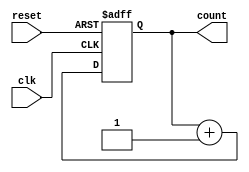
module ripple_counter #(
    parameter n = 4  // Number of bits (4-bit counter)
)(
    input wire clk,      // Clock input
    input wire reset,    // Asynchronous reset
    output reg [n-1:0] count // Counter output
);

// T Flip-Flop behavior
always @(posedge clk or posedge reset) begin
    if (reset) begin
        count <= 0;  // Reset the counter to 0
    end else begin
        count <= count + 1; // Increment the counter
    end
end

endmodule